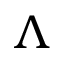
\Lambda